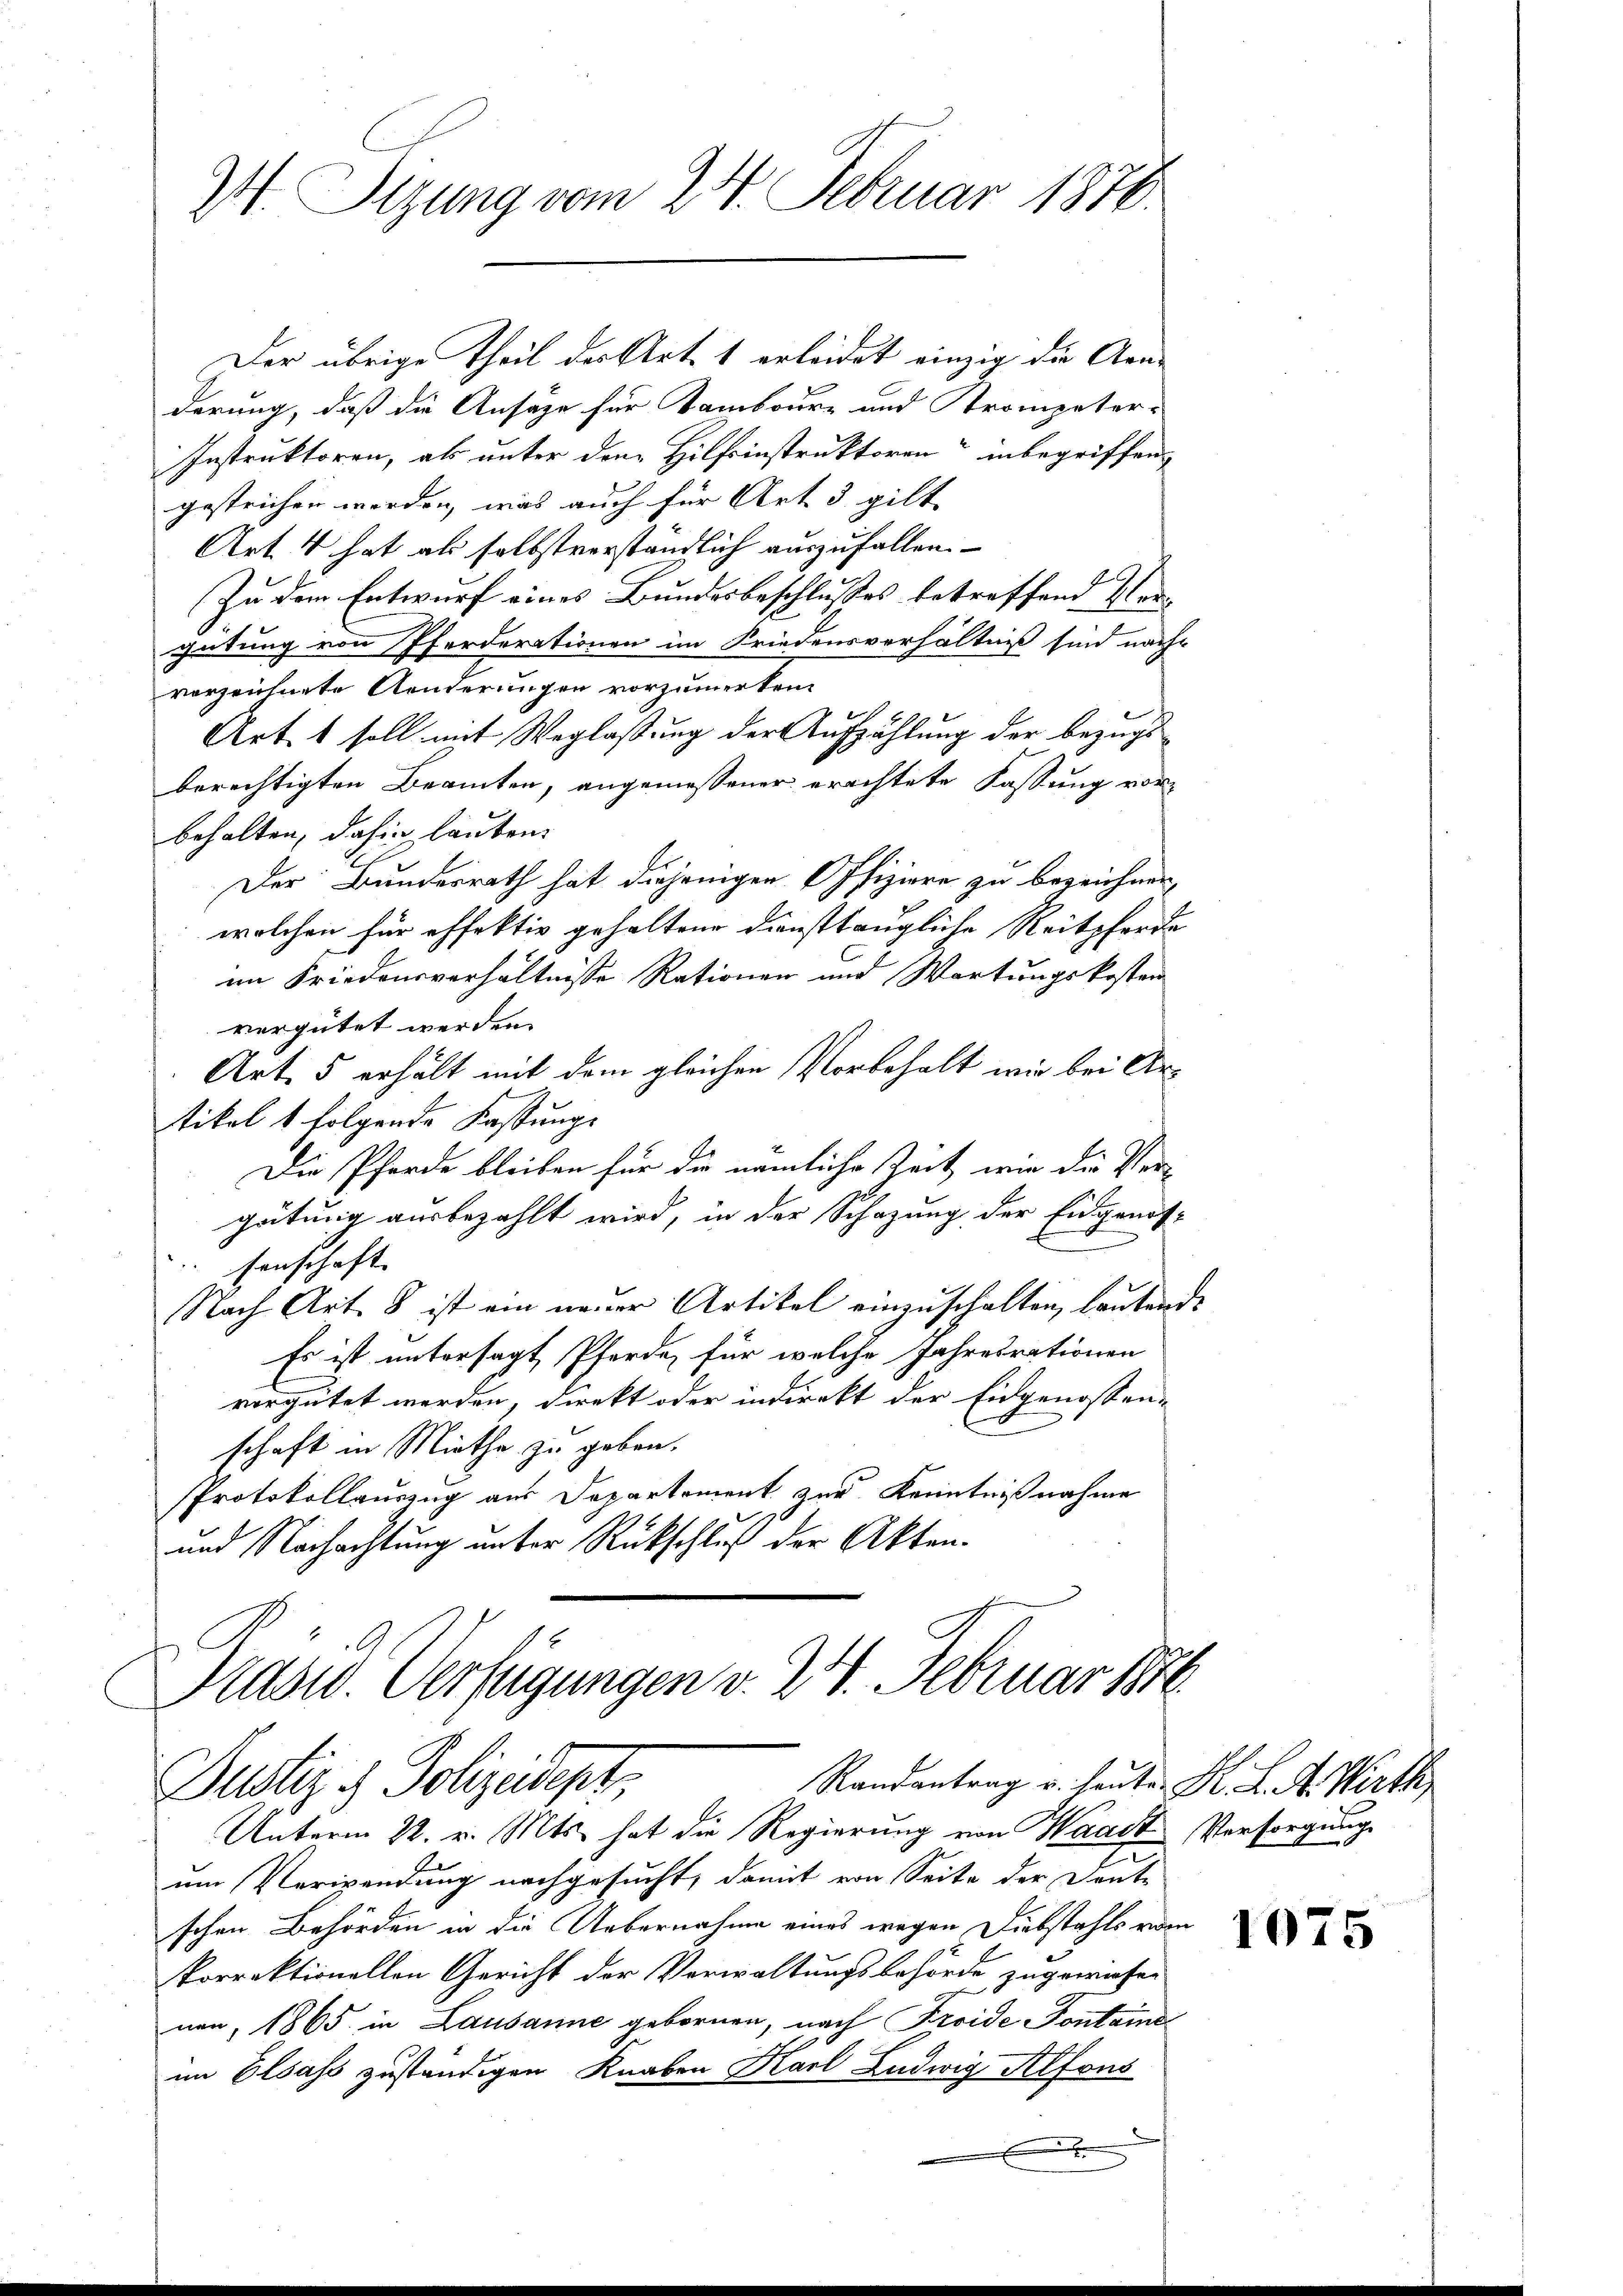
W. Tizung vom 24. Februar 1876.

Der übrige Theil der Art. 1 erleidet einzig die Aen-
derung, daß die Ansage für Tamboure und Trompeter-
Instruktoren, als unter den Hilfsinstruktoren“ inbegriffen
gestrichen werden, was auch für Art 3 gilt.
Art. 4 hat als selbstverständlich auszufallen.
f
Zu dem Entwurf eines Bundesbeschlusses betreffend Ver-
gütung von Pferderationen im Friedensverhältniß sind nach-
verzeichnete Aenderungen vorzumerken.
Art. 1 soll mit Weglassung der Aufzählung der bezugs
berechtigten Beamten, angemeßener erachtete Fassung vor
behalten, dahin lauben.
Der Bundesrath hat diejenigen Offiziere zu bezeichnen,
wolchen für offektiv gehaltene diensttaugliche Reitpferde
im Friedensverhältnisse Rationen und Wartungskosten
vergütet werden.
Art. 5 erhält mit dem gleichen Vorbehalt wir bei Artikel 1 folgende Kastungs
Die Pferde bleiben für die nämliche Zeit, wie die Vergütung ausbezahlt wird, in der Schazung der Eidgenös-
senschaft.
Nach Art. 8 ist ein neuer Artikel einzuschalten, lautend.
Es ist untersagt Pferde, für welche Jahresrationen
vergütet werden, direkt oder indirekt der Eidgenossen-
schaft in Miethe zu geben.
Protokollauszug aus Departement zur Kenntnißnahme
und Nachachtung unter Rückschluß der Akten.
Kasw. Verfügungen v. 24. Februar 1870
Randantrag u. heute K. K. A. Wirth
Justiz & Polizeidept:
Unterm 22. v. Mts. hat die Regierung von Waadt, Versorgung
um Verwendung nachgesucht, damit von Seite der Dante
schen Behörden in die Uebernahme eines wegen Diebstahls vom
korrektionellen Gericht der Verwaltungsbehörde zugewiesen
nen, 1865 in Lausanne gebornen, nach Froide Fontains
im Elsass zuständigen Knaben Karl Ludwig Alfons
.

1075